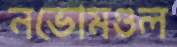
নভোমণ্ডল